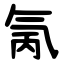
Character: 氞